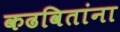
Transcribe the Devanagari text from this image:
कढवितांना